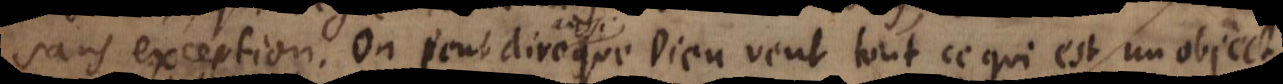
sans exception. On peut dire que Dieu veut tout ce qui est un object